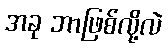
အခု ဘာဖြစ်လို့လဲ